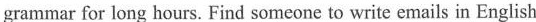
grammar for long hours. Find someone to write emails in English